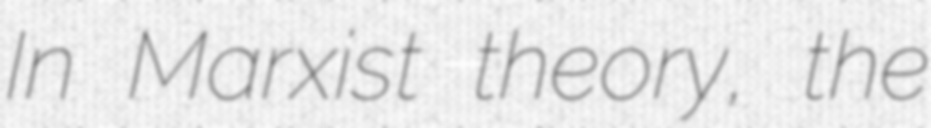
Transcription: In Marxist theory, the